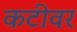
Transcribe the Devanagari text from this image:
कटीवर